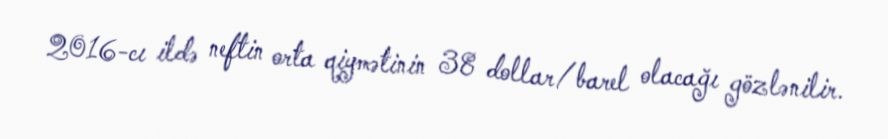
2016-cı ildə neftin orta qiymətinin 38 dollar/barel olacağı gözlənilir.